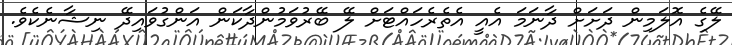
ލޭގެ އޮލަމިން ދަށަށް ދާނަމަ އެއީ އެތެރެހައްޓަށް ލޭ ބޭރުވަމުންދާކަން އަންގުވައިދޭ ނިޝާނެކެވެ.